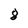
Character: 8